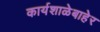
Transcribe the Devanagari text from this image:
कार्यशाळेबाहेर